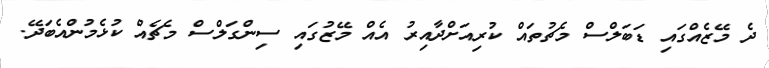
ދެ މޭޒެއްގައި ޑަބަލްސް މެޗުތައް ކުރިއަށްދާއިރު އެއް މޭޒުގައި ސިންގަލްސް މެޗެއް ކުޅެމުންއެބަދޭ.